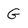
Character: G